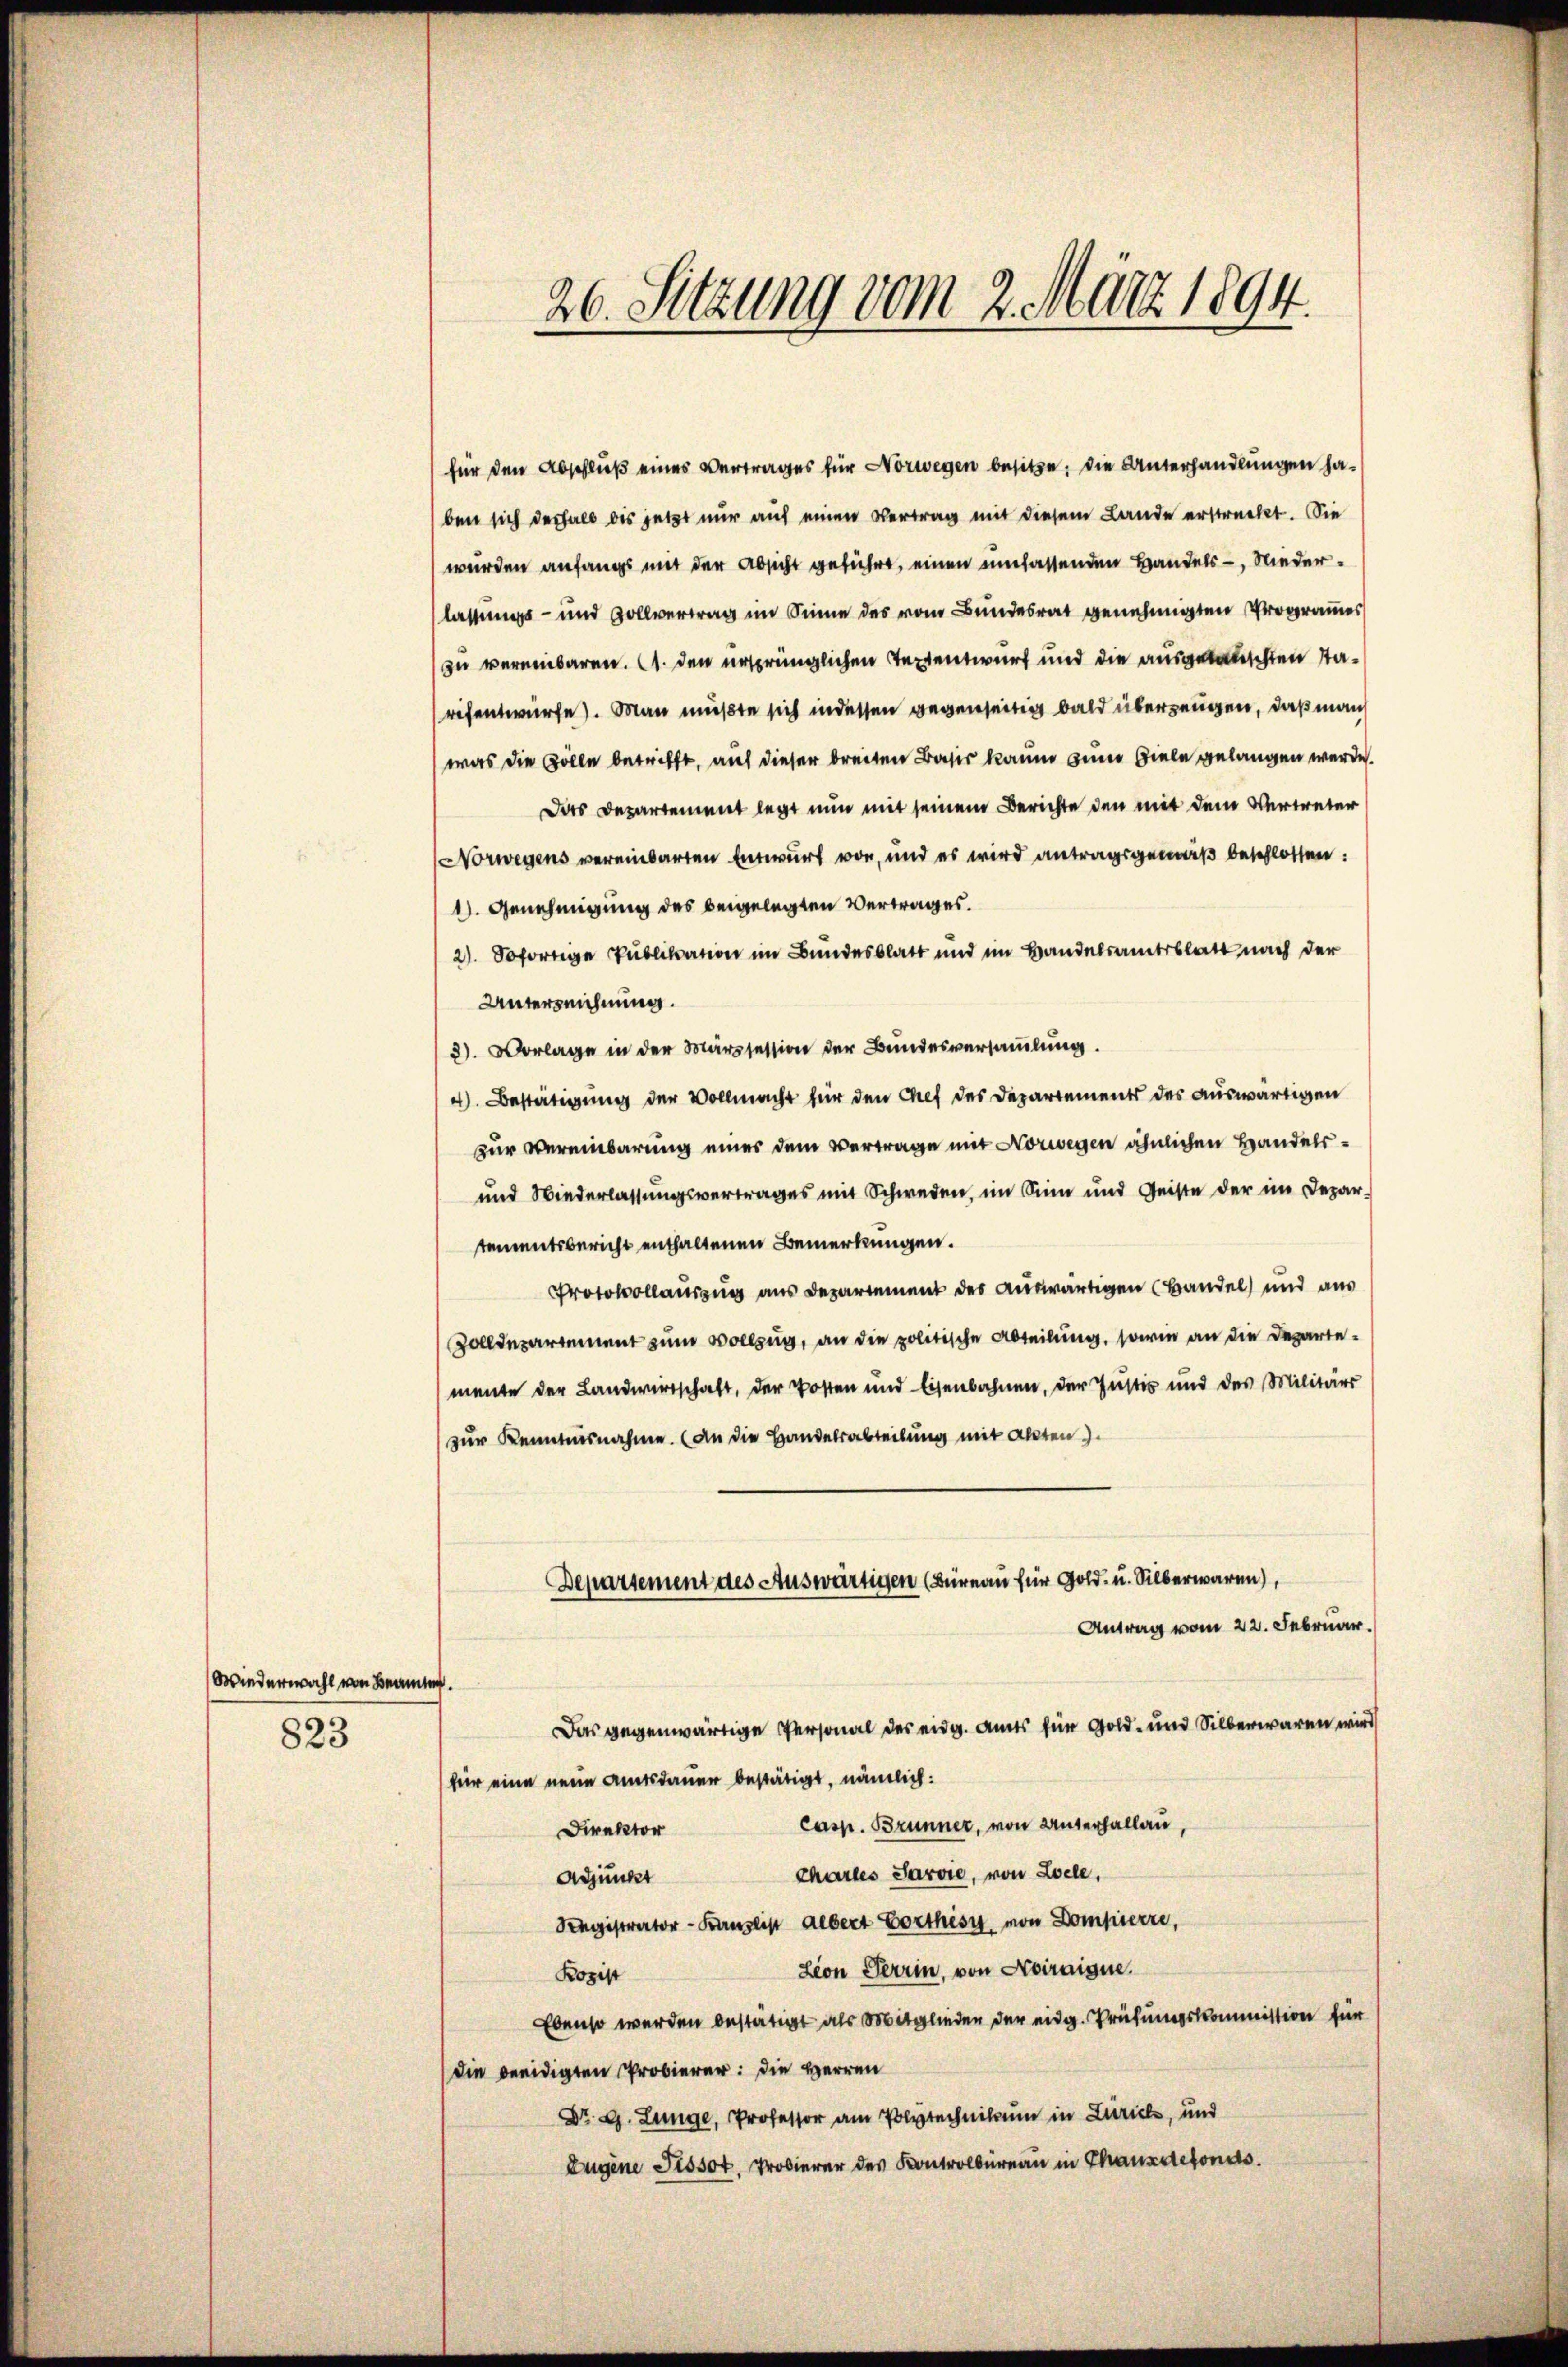
Osiederwahl von Beamte

823

26. Setzung vom 2. März 1894.

für den Abschluß eines Vertrages für Norwegen besitze, die Unterhandlungen haben sich deshalb bis jetzt nur auf einen Vertrag mit diesem Lande erstreckt. Die
wurden anfangs mit der Absicht geführt, einen umfassenden Handels-, Niederlassungs- und Vollvertrag im Sinne des vom Bundesrat genehmigten Programmes
zu vereinbaren. 1. den ursprünglichen Textentwurf und die ausgelauschten Tarifentwurfe). Man mußte sich in dessen gegenseitig bald überzeugen, daß man
was die Golle betrifft, auf dieser breiten Basis kaum zum Viele gelangen werde.
Dies Departement legt nun mit seinem Berichte den mit dem Vertreter
Norwegens vereinbarten Entwurf vor, und es wird antragsgemäß beschlossen:
1). Genehmigung des beigelegten Vertrages.
2). Sofortige Publikation im Bundesblatt und im Handelsamtsblatt nach der
Unterzeichnung.
3). Vorlage in der Märzsession der Bundesversammlung.
4). Bestätigung der Vollmacht für den Chef des Departements des auswärtigen
zur Vereinbarung eines dem Vertrage mit Norwegen ähnlichen Handels¬
und Wiederlassungsvertrages mit Schweden, im Sinn und Geiste der im Depar-
tementsbericht enthaltenen Bemerkungen.
Protokollauszug aus Departement des auswärtigen (Bandel und aus
Zolldepartement zum Vollzug, an die politische Abteilung, sowie an die Departemente der Landwirtschaft, der Posten und Eisenbahnen, der Justiz und des Militärs
zur Kenntnisnahme. (An die Handelsabteilung mit Akten
Departement des Auswärtigen (Büreau für Gold- u. Silberwaren),
Antrag vom 22. Februar.
Das gegenwärtige Personal des eidg. Amts für Gold- und Silberwaren wird
für eine neue Amtsdauer bestätigt, nämlich:
casp. Brunner, von Unterhallau,
Direktor
Chartes Sarvie, von Zoele,
Adjunkt
Registrator-Kanzlist Albert Vorthisi, von Dompierre,
zion Terrin, von Abiraigne.
Rozist
Ebenso werden bestätigt als Mitglieder der eidg. Prüfungskommission für
die beeidigten Probierer: die Herren
Dr. G. Lunge, Professor am Polytechnikum in Zürich, und
Eugene Tissot. Trierer des Kontrolbureau in Canzens